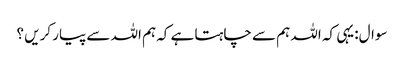
سوال:یہی کہ اللہ ہم سے چاہتا ہے کہ ہم اللہ سے پیار کریں ؟